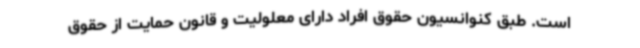
است. طبق کنوانسیون حقوق افراد دارای معلولیت و قانون حمایت از حقوق